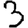
Digit: 3